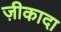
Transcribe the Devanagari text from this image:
ज़ीकादा